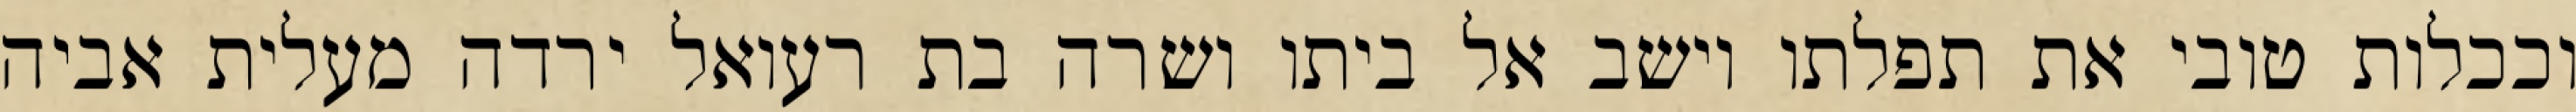
וככלות טובי את תפלתו וישב אל ביתו ושרה בת רעואל ירדה מעלית אביה